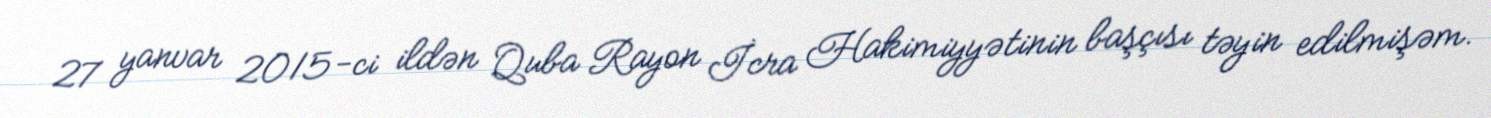
27 yanvar 2015-ci ildən Quba Rayon İcra Hakimiyyətinin başçısı təyin edilmişəm.